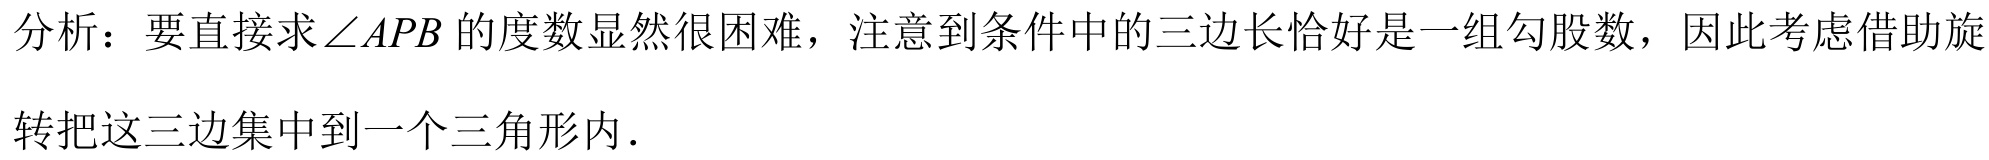
分析：要直接求\(\angle APB\)的度数显然很困难，注意到条件中的三边长恰好是一组勾股数，因此考虑借助旋
转把这三边集中到一个三角形内.